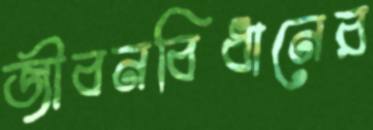
জীবনবিধানের